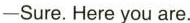
-Sure. Here you are.